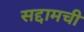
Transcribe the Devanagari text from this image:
सद्दामची